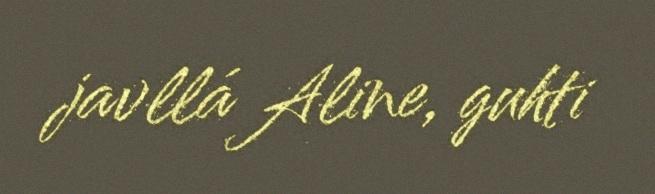
javllá Aline, guhti